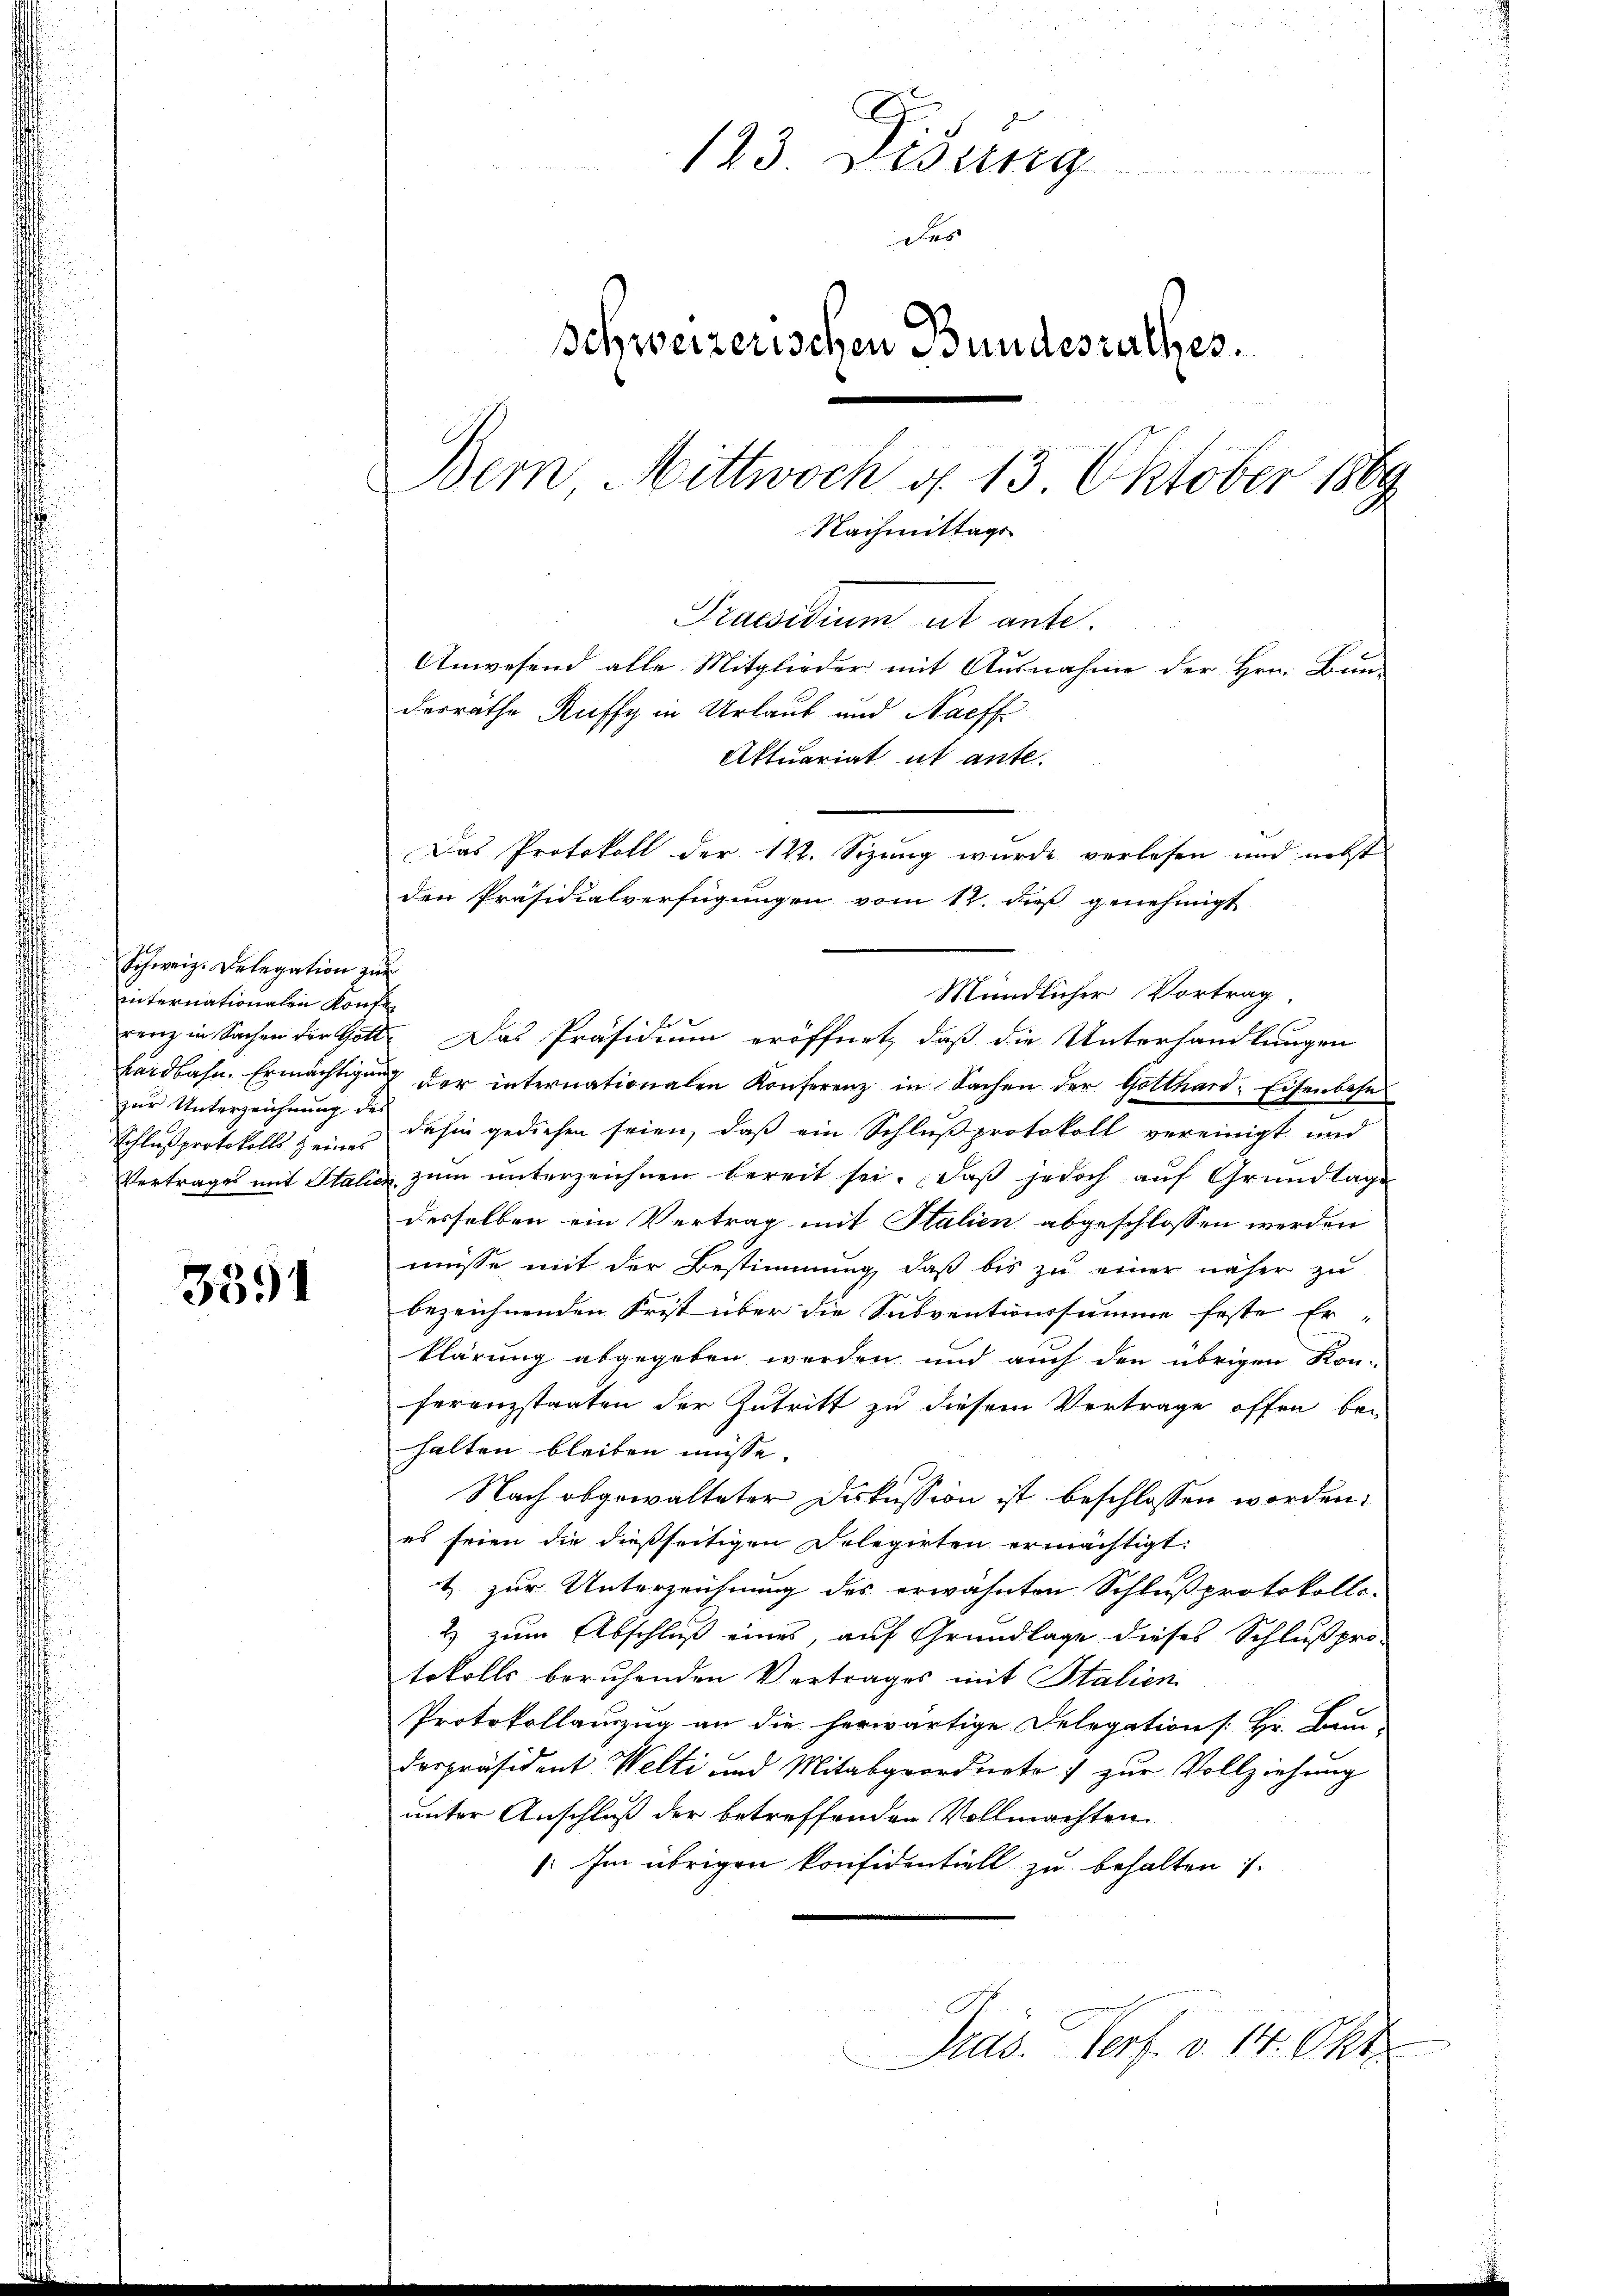
weiz. Delegation zur
ernationalen Konte
Unterzeichnung des

3591

123 Didung
Des
schweizerischen Bundesrathes.
Bern Mittwoch d. 13 Oktober 1869
Nachmittags

Prawidium ut ante.
Anwesend alle Mitglieder mit Ausnahme der Hrn. Bun-
desräthe Ruffy in Urlaub und Nachf
Aktuariat ut ante.
den Präsidialverfügungen vom 12. dieß genehmigt
Mündlicher Vortrag,
 in Sachen der Gott. Das Präsidium eröffnet, daß die Unterhandlungen
Nahn. Ermächtigung der internationalen Konferenz in Sachen der Gotthard-Eisenbahn
us protokolls sein dahin gediehen seien, daß ein Schluß protokoll vereinigt und
ages mit Italicz zum unterzeichnen bereit sei. Daß jedoch auf Grundlage
desselben ein Vertrag mit Stalien abgeschlossen werden
müsse mit der Bestimmung, daß bis zu einer näher zu
bezeichnenden Frist über die Subventionssumme feste Er-
klärung abgegeben werden und auch den übrigen Kon-
ferenzstaaten der Zutritt zu diesem Vertrage offen bei
halten bleiben müsse.
Nach obgewalteter Diskussion ist beschlossen worden.
es seien die dießseitigen Delegirten ermächtigt.
t. zur Unterzeichnung des erwähnten Schlußprotokolls-
2) zum Abschluß eines, auf Grundlage dieses Schluß pro-
tokolls beruhenden Vertrages mit Stalien
Protokollanzug an die herwärtige Delegation [Hr. Bau-
despräsident Welti und Mitabgeordnete zur Vollziehung
unter Anschluß der betreffenden Vollmachten
Im übrigen konfidentiell zu behalten 1.
Präs. Verf. v. 14. Okt.

Das Protokoll der 142. Sizung wurde verlesen und nebst